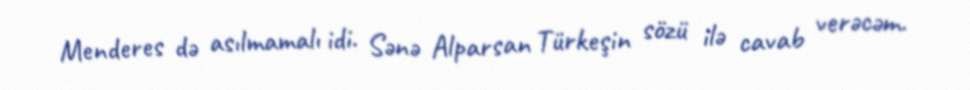
Menderes də asılmamalı idi. Sənə Alparsan Türkeşin sözü ilə cavab verəcəm.